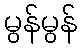
မွန်မွန်